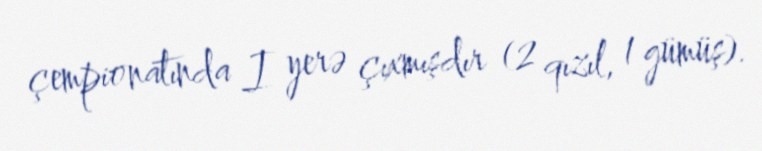
çempionatında I yerə çıxmışdır (2 qızıl, 1 gümüş).